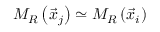
M _ { R } \left( \vec { x } _ { j } \right) \simeq M _ { R } \left( \vec { x } _ { i } \right)